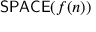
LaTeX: { \mathsf { S P A C E } } ( f ( n ) )